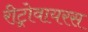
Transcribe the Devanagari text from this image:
रीट्रोवायरस